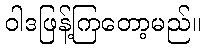
ဝါဒဖြန့်ကြတော့မည်။